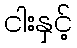
ငါးနှင့်